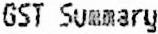
GST SUMMARY